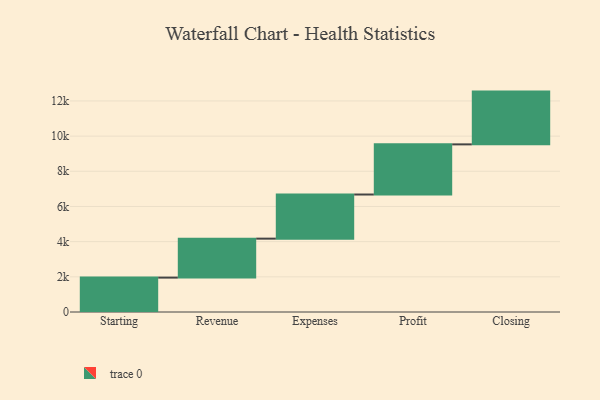
{"axis": {"x": "Step", "y": "Value"}, "legend": [""], "data": [{"x": "Starting", "y": 1956.0, "type": ""}, {"x": "Revenue", "y": 2215.0, "type": ""}, {"x": "Expenses", "y": 2509.0, "type": ""}, {"x": "Profit", "y": 2851.0, "type": ""}, {"x": "Closing", "y": 3000, "type": ""}]}